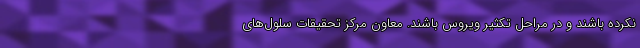
نکرده باشند و در مراحل تکثیر ویروس باشند. معاون مرکز تحقیقات سلول‌های